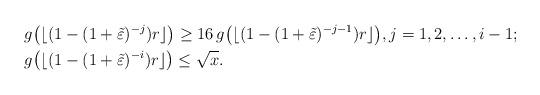
LaTeX: \begin{align*}& g\big(\lfloor(1-(1+\tilde\varepsilon)^{-j})r\rfloor\big)\geq 16\,g\big(\lfloor(1-(1+\tilde\varepsilon)^{-j-1})r\rfloor\big),j=1,2,\dots,i-1;\\& g\big(\lfloor(1-(1+\tilde\varepsilon)^{-i})r\rfloor\big)\leq \sqrt{x}.\end{align*}